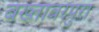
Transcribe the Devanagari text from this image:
बख्तावरपुरा